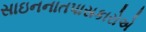
સાઇનનાતપાસકારોએ